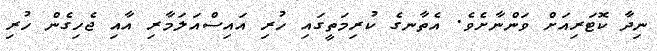
ނިދާ ކޮޓަރިއަށް ވަންނާށެވެ. އެތާނގެ ކުރިމަތީގައި ހުރި އައިސްއަަލަމާރި އާއި ޖެހިގެން ހުރި